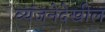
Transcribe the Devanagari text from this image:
व्यंजनेदेखील